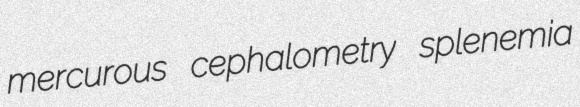
mercurous cephalometry splenemia